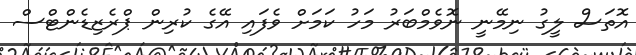
އޮތަސް ލީގު ނިމޭނީ ނޮވެމްބަރު މަހު ކަމަށް ވެފައި އޭގެ ކުރިން ޕްރެޒިޑެންޓްސް